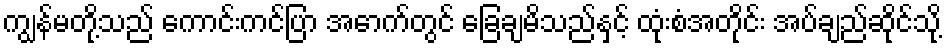
ကျွန်မတို့သည် ကောင်းကင်ပြာ အောက်တွင် ခြေချမိသည်နှင့် ထုံးစံအတိုင်း အပ်ချည်ဆိုင်သို့